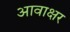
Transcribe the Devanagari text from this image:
आवाक्षर